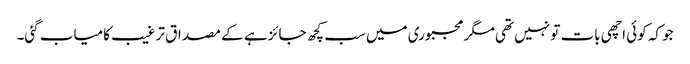
جو کہ کوئی اچھی بات تو نہیں تھی مگر مجبوری میں سب کچھ جائز ہے کے مصداق ترغیب کامیاب گئی۔